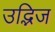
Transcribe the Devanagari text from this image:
उद्भिज